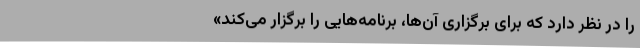
را در نظر دارد که برای برگزاری آن‌ها، برنامه‌هایی را برگزار می‌کند»